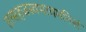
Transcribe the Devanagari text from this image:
तत्सहजस्वभावमनिशं